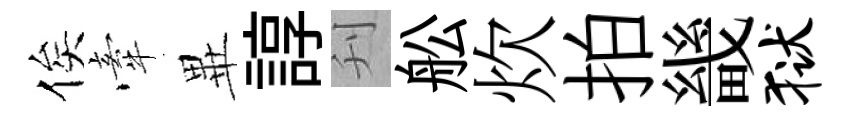
俟牽𭺾諄刋舩炊拍畿狱